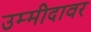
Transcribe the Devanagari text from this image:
उम्मीदावर